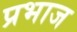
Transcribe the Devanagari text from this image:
प्रभाज